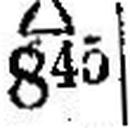
∆ 845